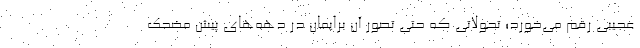
عجیبی رقم می‌خورد؛ تحولاتی که حتی تصور آن برایمان در دهه‌های پیش مضحک